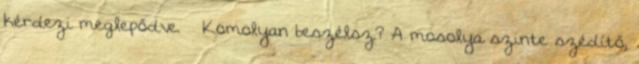
kérdezi meglepődve. – Komolyan beszélsz? A mosolya szinte szédítő,